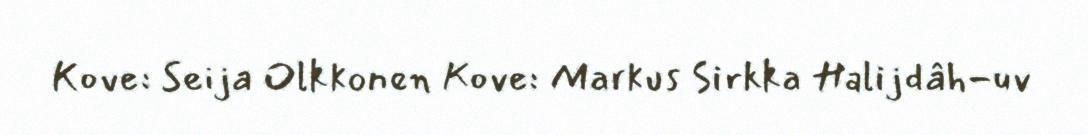
Kove: Seija Olkkonen Kove: Markus Sirkka Halijdâh-uv